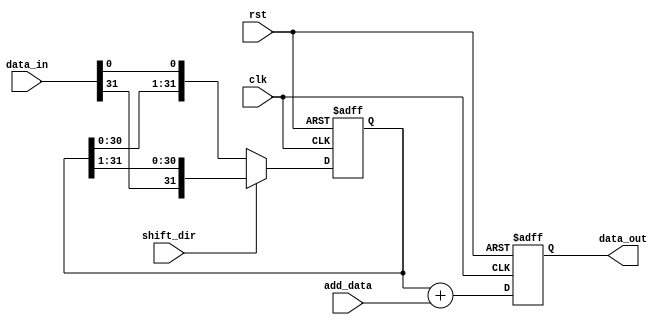
module ShiftAndAddRegister (
    input wire clk,
    input wire rst,
    input wire shift_dir, // 0 for left shift, 1 for right shift
    input wire [31:0] data_in,
    input wire [31:0] add_data,
    output reg [31:0] data_out
);

reg [31:0] shift_reg;
reg [31:0] result;

always @(posedge clk or posedge rst) begin
    if (rst) begin
        shift_reg <= 32'b0;
        result <= 32'b0;
    end 
    else begin
        if (shift_dir == 0) // left shift
            shift_reg <= {shift_reg[30:0], data_in[0]};
        else // right shift
            shift_reg <= {data_in[31], shift_reg[31:1]};
        
        result <= shift_reg + add_data;
    end
end

assign data_out = result;

endmodule